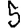
Digit: 5